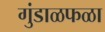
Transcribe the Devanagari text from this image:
गुंडाळफळा